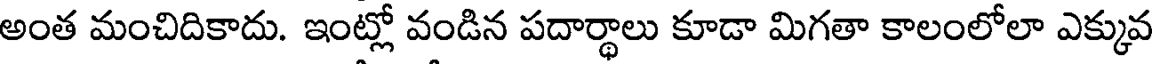
అంత మంచిదికాదు. ఇంట్లో వండిన పదార్థాలు కూడా మిగతా కాలంలోలా ఎక్కువ